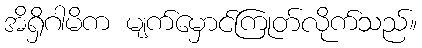
အိရှိဂါမိက မျက်မှောင်ကြုတ်လိုက်သည်။